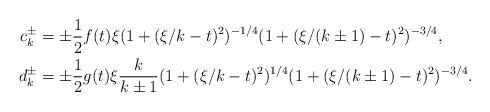
LaTeX: \begin{align*} c_{k}^{\pm} &= \pm\frac{1}{2} f(t)\xi (1+(\xi/k-t)^2)^{-1/4} (1+(\xi/(k\pm 1)-t)^2)^{-3/4},\\ d_{k}^{\pm} &= \pm \frac{1}{2} g(t)\xi \frac{k}{k\pm 1} (1+(\xi/k-t)^2)^{1/4} (1+(\xi/(k\pm 1)-t)^2)^{-3/4}. \end{align*}